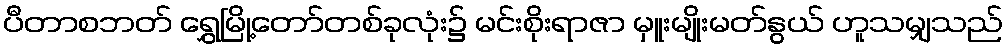
ပီတာစဘတ် ရွှေမြို့တော်တစ်ခုလုံး၌ မင်းစိုးရာဇာ မှူးမျိုးမတ်နွယ် ဟူသမျှသည်